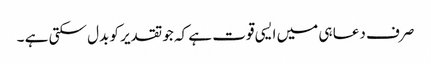
صرف دعا ہی میں ایسی قوت ہے کہ جو تقدیر کو بدل سکتی ہے ۔